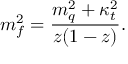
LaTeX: m _ { f } ^ { 2 } = \frac { m _ { q } ^ { 2 } + \kappa _ { t } ^ { 2 } } { z ( 1 - z ) } .